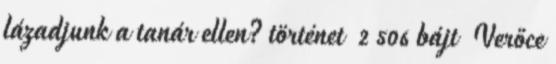
lázadjunk a tanár ellen? történet ‎ 2 506 bájt ‎Verőce